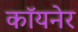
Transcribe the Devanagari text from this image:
कॉयनेर